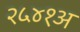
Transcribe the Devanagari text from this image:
२५४१अ